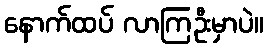
နောက်ထပ် လာကြဦးမှာပဲ။